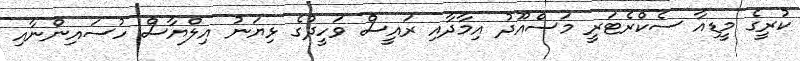
ކުރީގެ މީޑިއާ ސެކްރެޓަރީ މަސްއޫދު އިމާދާއި ރައީސް ވަހީދުގެ ޅިޔަނު އިލްޔާސް ހުސައިންނާއި